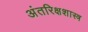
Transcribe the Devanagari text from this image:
अंतरिक्षशास्त्र